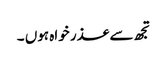
تجھ سے عذر خواہ ہوں ۔